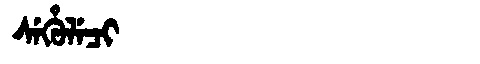
Manchu: ᠰᡝᡥᡠᠯᡝᠴᡳ
Romanization: SEHULECI